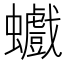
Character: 𧕆